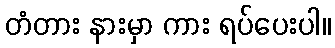
တံတား နားမှာ ကား ရပ်ပေးပါ။